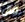
فال